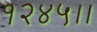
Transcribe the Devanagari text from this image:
१२४५।।